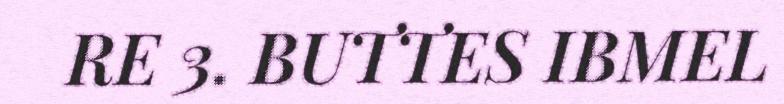
RE 3. BUTTES IBMEL